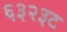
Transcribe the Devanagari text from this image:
६३२३ट